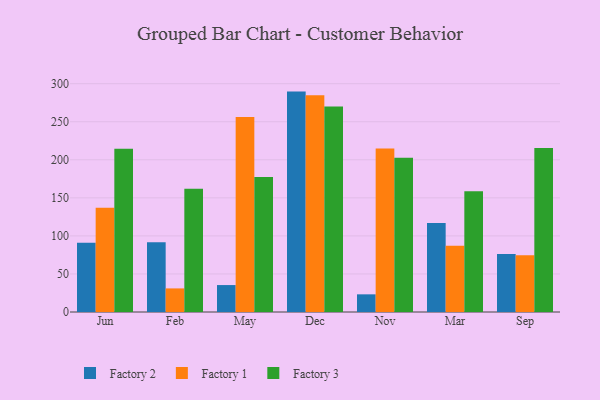
{"axis": {"x": "Month", "y": "Tickets Resolved"}, "legend": ["Factory 1", "Factory 2", "Factory 3"], "data": [{"x": "Jun", "y": 90.9, "type": "Factory 2"}, {"x": "Jun", "y": 137.0, "type": "Factory 1"}, {"x": "Jun", "y": 214.6, "type": "Factory 3"}, {"x": "Feb", "y": 91.7, "type": "Factory 2"}, {"x": "Feb", "y": 31.0, "type": "Factory 1"}, {"x": "Feb", "y": 161.9, "type": "Factory 3"}, {"x": "May", "y": 35.4, "type": "Factory 2"}, {"x": "May", "y": 256.1, "type": "Factory 1"}, {"x": "May", "y": 177.4, "type": "Factory 3"}, {"x": "Dec", "y": 289.6, "type": "Factory 2"}, {"x": "Dec", "y": 284.7, "type": "Factory 1"}, {"x": "Dec", "y": 269.9, "type": "Factory 3"}, {"x": "Nov", "y": 23.2, "type": "Factory 2"}, {"x": "Nov", "y": 214.8, "type": "Factory 1"}, {"x": "Nov", "y": 202.7, "type": "Factory 3"}, {"x": "Mar", "y": 117.0, "type": "Factory 2"}, {"x": "Mar", "y": 86.9, "type": "Factory 1"}, {"x": "Mar", "y": 158.5, "type": "Factory 3"}, {"x": "Sep", "y": 76.1, "type": "Factory 2"}, {"x": "Sep", "y": 74.7, "type": "Factory 1"}, {"x": "Sep", "y": 215.5, "type": "Factory 3"}]}